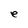
Character: e